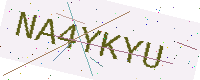
Text: NA4YKYU